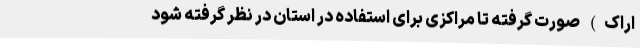
اراک) صورت گرفته تا مراکزی برای استفاده در استان در نظر گرفته شود